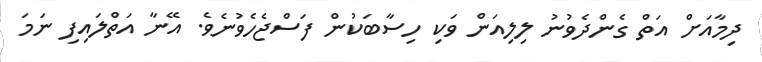
ދިމާއަށް އަތް ގެންދެވުނު ލިލިއަން ވަކި ހިސާބަކުން ފަސްޖެހެވުނެވެ. އޭނާ އަތްލައިފި ނަމަ